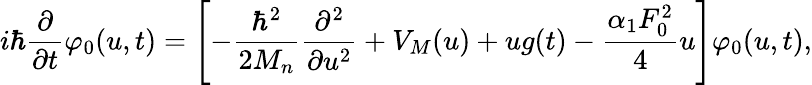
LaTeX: i\hbar\frac{\partial}{\partial t}\varphi_{0}(u,t)=\left[-\frac{\hbar^{2}}{2M_{n}}\frac{\partial^{2}}{\partial u^{2}}+V_{M}(u)+ug(t)-\frac{\alpha_{1}F_{0}^{2}}{4}u\right]\varphi_{0}(u,t),